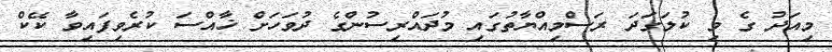
މިއަދު ގެ މި ކުލަގަދަ ރަސްމިއްޔާތުގައި މުދައްރިސުންގެ ދުވަހަށް ޚާއްސަ ކުރެވިފައިވާ ކޭކް